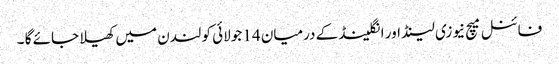
فائنل میچ نیوزی لینڈ اور انگلینڈ کے درمیان 14 جولائی کو لندن میں کھیلا جائے گا ۔